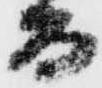
而